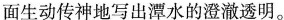
面生动传神地写出潭水的澄澈透明。